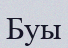
Буы